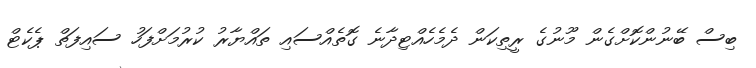
ބިސް ބޭނުންކޮށްގެން މޫނުގެ ރީތިކަން ދެމެހެއްޓިދާނެ ގޮތެއްސައި ތައްޔާރު ކުރުމަށްފަހު ސައިފަތް ޕެކެޓް